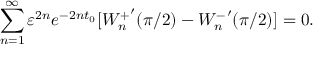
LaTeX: \sum _ { n = 1 } ^ { \infty } \varepsilon ^ { 2 n } e ^ { - 2 n t _ { 0 } } [ { W _ { n } ^ { + } } ^ { \prime } ( \pi / 2 ) - { W _ { n } ^ { - } } ^ { \prime } ( \pi / 2 ) ] = 0 .